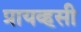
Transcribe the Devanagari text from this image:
प्रायव्हसी